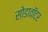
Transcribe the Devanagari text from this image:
सोडावॉटर